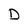
Character: D